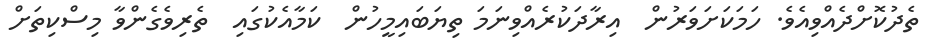
ތެދުކޮށްދެއްވިއެވެ. ހަމަކަށަވަރުން  އިރާދަކުރެއްވިނަމަަ ތިޔަބައިމީހުން  ކަމާއެކުގައި  ތެރިވެގެންވާ މިސްކިތަށް